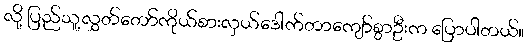
လို့ ပြည်သူ့လွှတ်တော်ကိုယ်စားလှယ်ဒေါက်တာကျော်စွာဦးက ပြောပါတယ်။